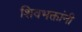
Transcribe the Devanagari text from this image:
शिवभक्तांनी